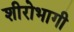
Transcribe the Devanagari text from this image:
शीरोभागी